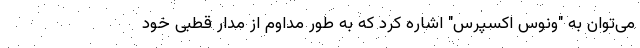
می‌توان به "ونوس اکسپرس" اشاره کرد که به طور مداوم از مدار قطبی خود